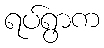
ရပ်ရွာက